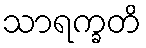
သာရက္ခတိ